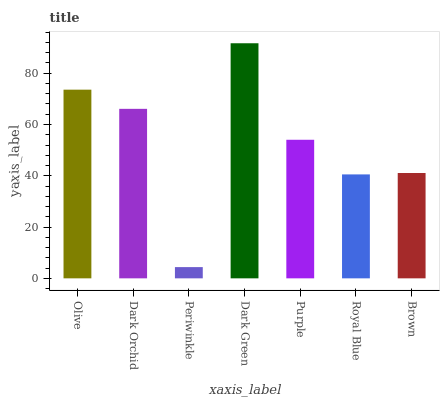
| xaxis_label | bars |
 | --- | --- |
 | Olive | 73.6 |
 | Dark Orchid | 66.1 |
 | Periwinkle | 4.38 |
 | Dark Green | 91.7 |
 | Purple | 54 |
 | Royal Blue | 40.5 |
 | Brown | 41.1 |